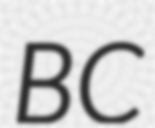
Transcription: BC